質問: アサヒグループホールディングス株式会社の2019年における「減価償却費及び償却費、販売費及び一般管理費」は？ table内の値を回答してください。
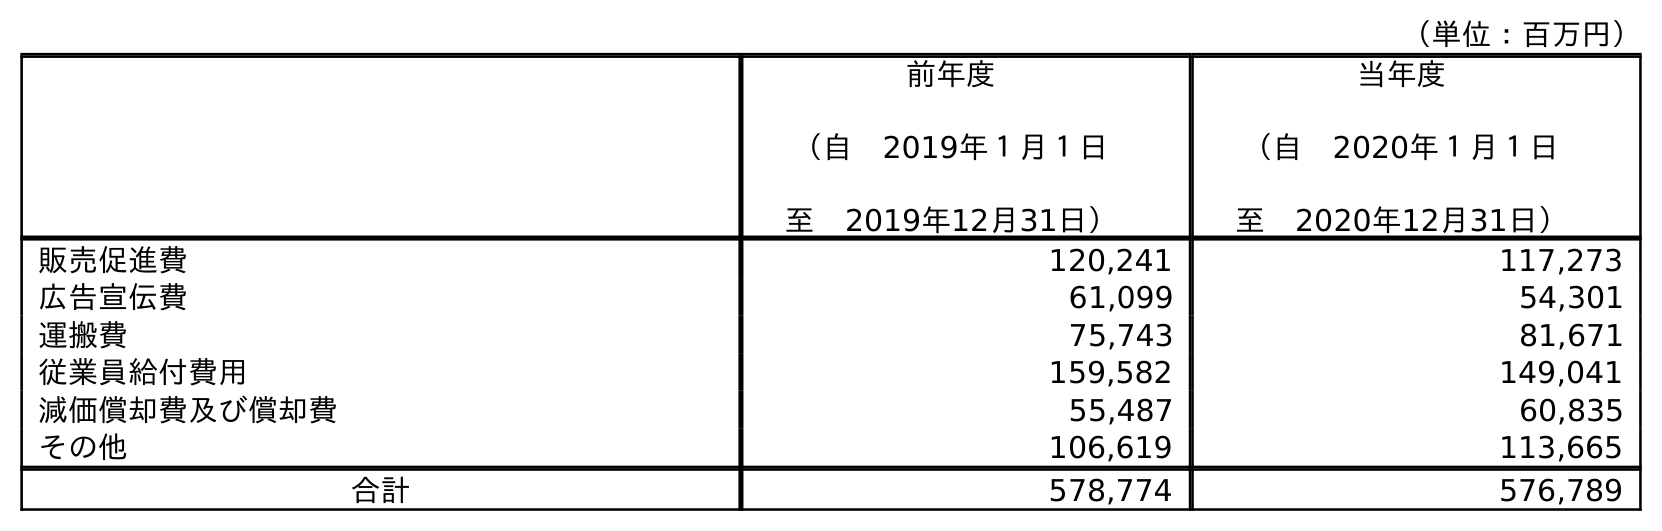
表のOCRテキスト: （単位：百万円） 前年度 （自 2019年１月１日 至 2019年12月31日） 当年度 （自 2020年１月１日 至 2020年12月31日） 販売促進費 120,241 117,273 広告宣伝費 61,099 54,301 運搬費 75,743 81,671 従業員給付費用 159,582 149,041 減価償却費及び償却費 55,487 60,835 その他 106,619 113,665 合計 578,774 576,789
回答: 55,487